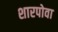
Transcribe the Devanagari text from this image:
शारपोवा